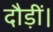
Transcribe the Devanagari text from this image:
दौड़ीं।